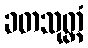
ခတသုတ္တံ